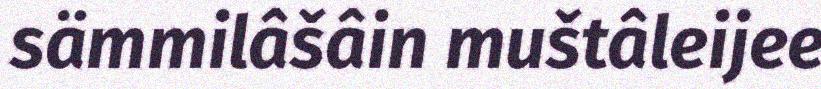
sämmilâšâin muštâleijee